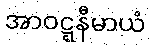
အာဝဋ္ဋနီမာယံ